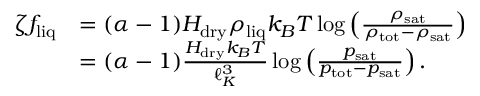
\begin{array} { r l } { \zeta f _ { \mathrm { l i q } } } & { = ( \alpha - 1 ) H _ { \mathrm { d r y } } \rho _ { \mathrm { l i q } } k _ { B } T \log \left( \frac { \rho _ { \mathrm { s a t } } } { \rho _ { \mathrm { t o t } } - \rho _ { \mathrm { s a t } } } \right) } \\ & { = ( \alpha - 1 ) \frac { H _ { \mathrm { d r y } } k _ { B } T } { \ell _ { K } ^ { 3 } } \log \left( \frac { p _ { \mathrm { s a t } } } { p _ { \mathrm { t o t } } - p _ { \mathrm { s a t } } } \right) . } \end{array}